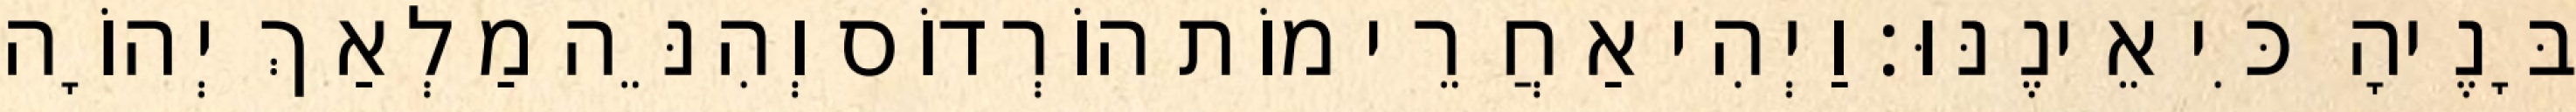
בָּנֶיהָ כִּי אֵינֶנּוּ׃ וַיְהִי אַחֲרֵי מוֹת הוֹרְדוֹס וְהִנֵּה מַלְאַךְ יְהוָֹה